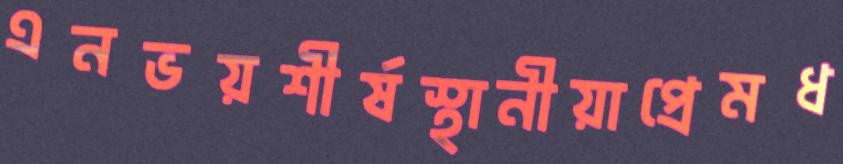
এনভয়শীর্ষস্থানীয়াপ্রেমধ